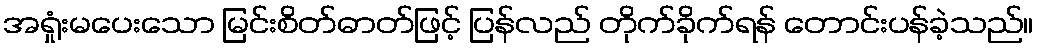
အရှုံးမပေးသော မြင်းစိတ်ဓာတ်ဖြင့် ပြန်လည် တိုက်ခိုက်ရန် တောင်းပန်ခဲ့သည်။